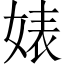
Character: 婊